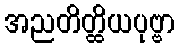
အညတိတ္ထိယပုဗ္ဗာ